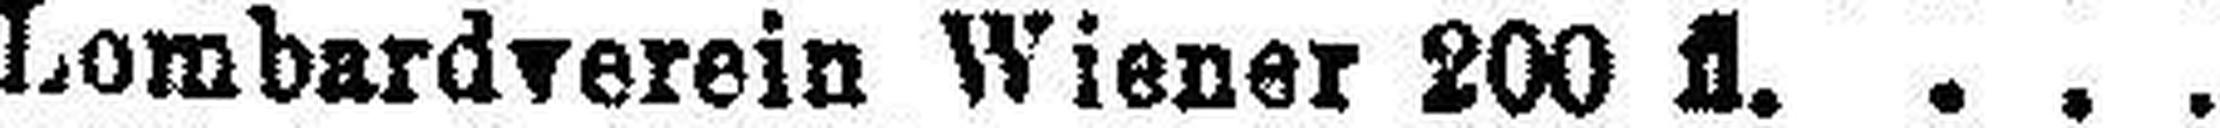
Lombardverein Wiener 200 fl.